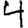
Digit: 4